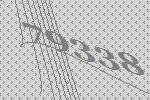
79338